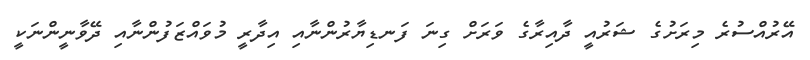
އޭރުއްސުރެ މިރަށުގެ ޝަރުއީ ދާއިރާގެ ވަރަށް ގިނަ ފަނޑިޔާރުންނާއި އިދާރީ މުވައްޒަފުންނާއި ދޭވާނީންނަކީ